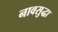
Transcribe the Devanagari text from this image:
नावसुद्धा